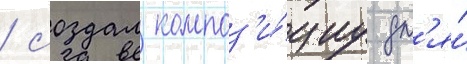
/ создал композ'и́циу дл'я́